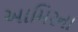
આમિરના